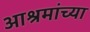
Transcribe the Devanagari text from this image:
आश्रमांच्या